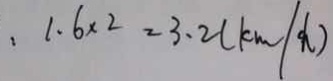
. 1 . 6 \times 2 = 3 . 2 ( k m \div h )